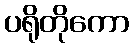
ပရိုတိုကော